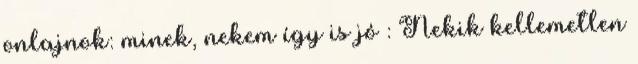
onlajnok: minek, nekem így is jó : Nekik kellemetlen